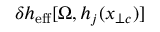
\delta h _ { \mathrm { e f f } } [ \Omega , h _ { j } ( x _ { \perp c } ) ]